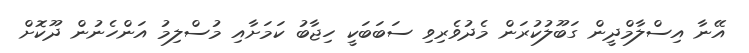
އޭނާ އިސްލާމްދީން ގަބޫލުކުރަން މެދުވެރިވި ސަބަބަކީ ހިޖާބު ކަމަށާއި މުސްލިމު އަންހެނުން ދޫކޮށް